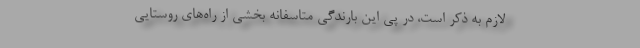
لازم به ذکر است، در پی این بارندگی متاسفانه بخشی از راه‌های روستایی